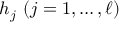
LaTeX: h _ { j } \ ( j = 1 , \ldots , \ell )